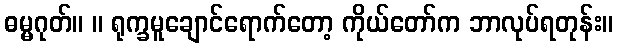
ဓမ္မဂုတ်။ ။ ရုက္ခမူချောင်ရောက်တော့ ကိုယ်တော်က ဘာလုပ်ရတုန်း။